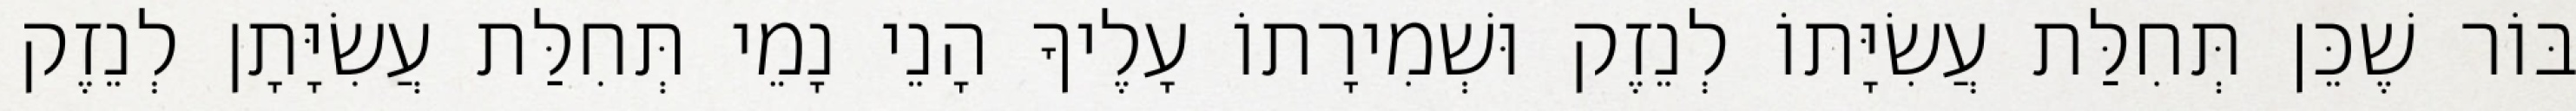
בּוֹר שֶׁכֵּן תְּחִלַּת עֲשִׂיָּתוֹ לְנֵזֶק וּשְׁמִירָתוֹ עָלֶיךָ הָנֵי נָמֵי תְּחִלַּת עֲשִׂיָּתָן לְנֵזֶק